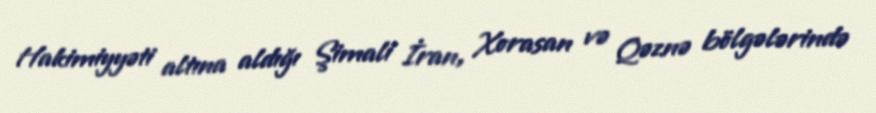
Hakimiyyəti altına aldığı Şimali İran, Xorasan və Qəznə bölgələrində